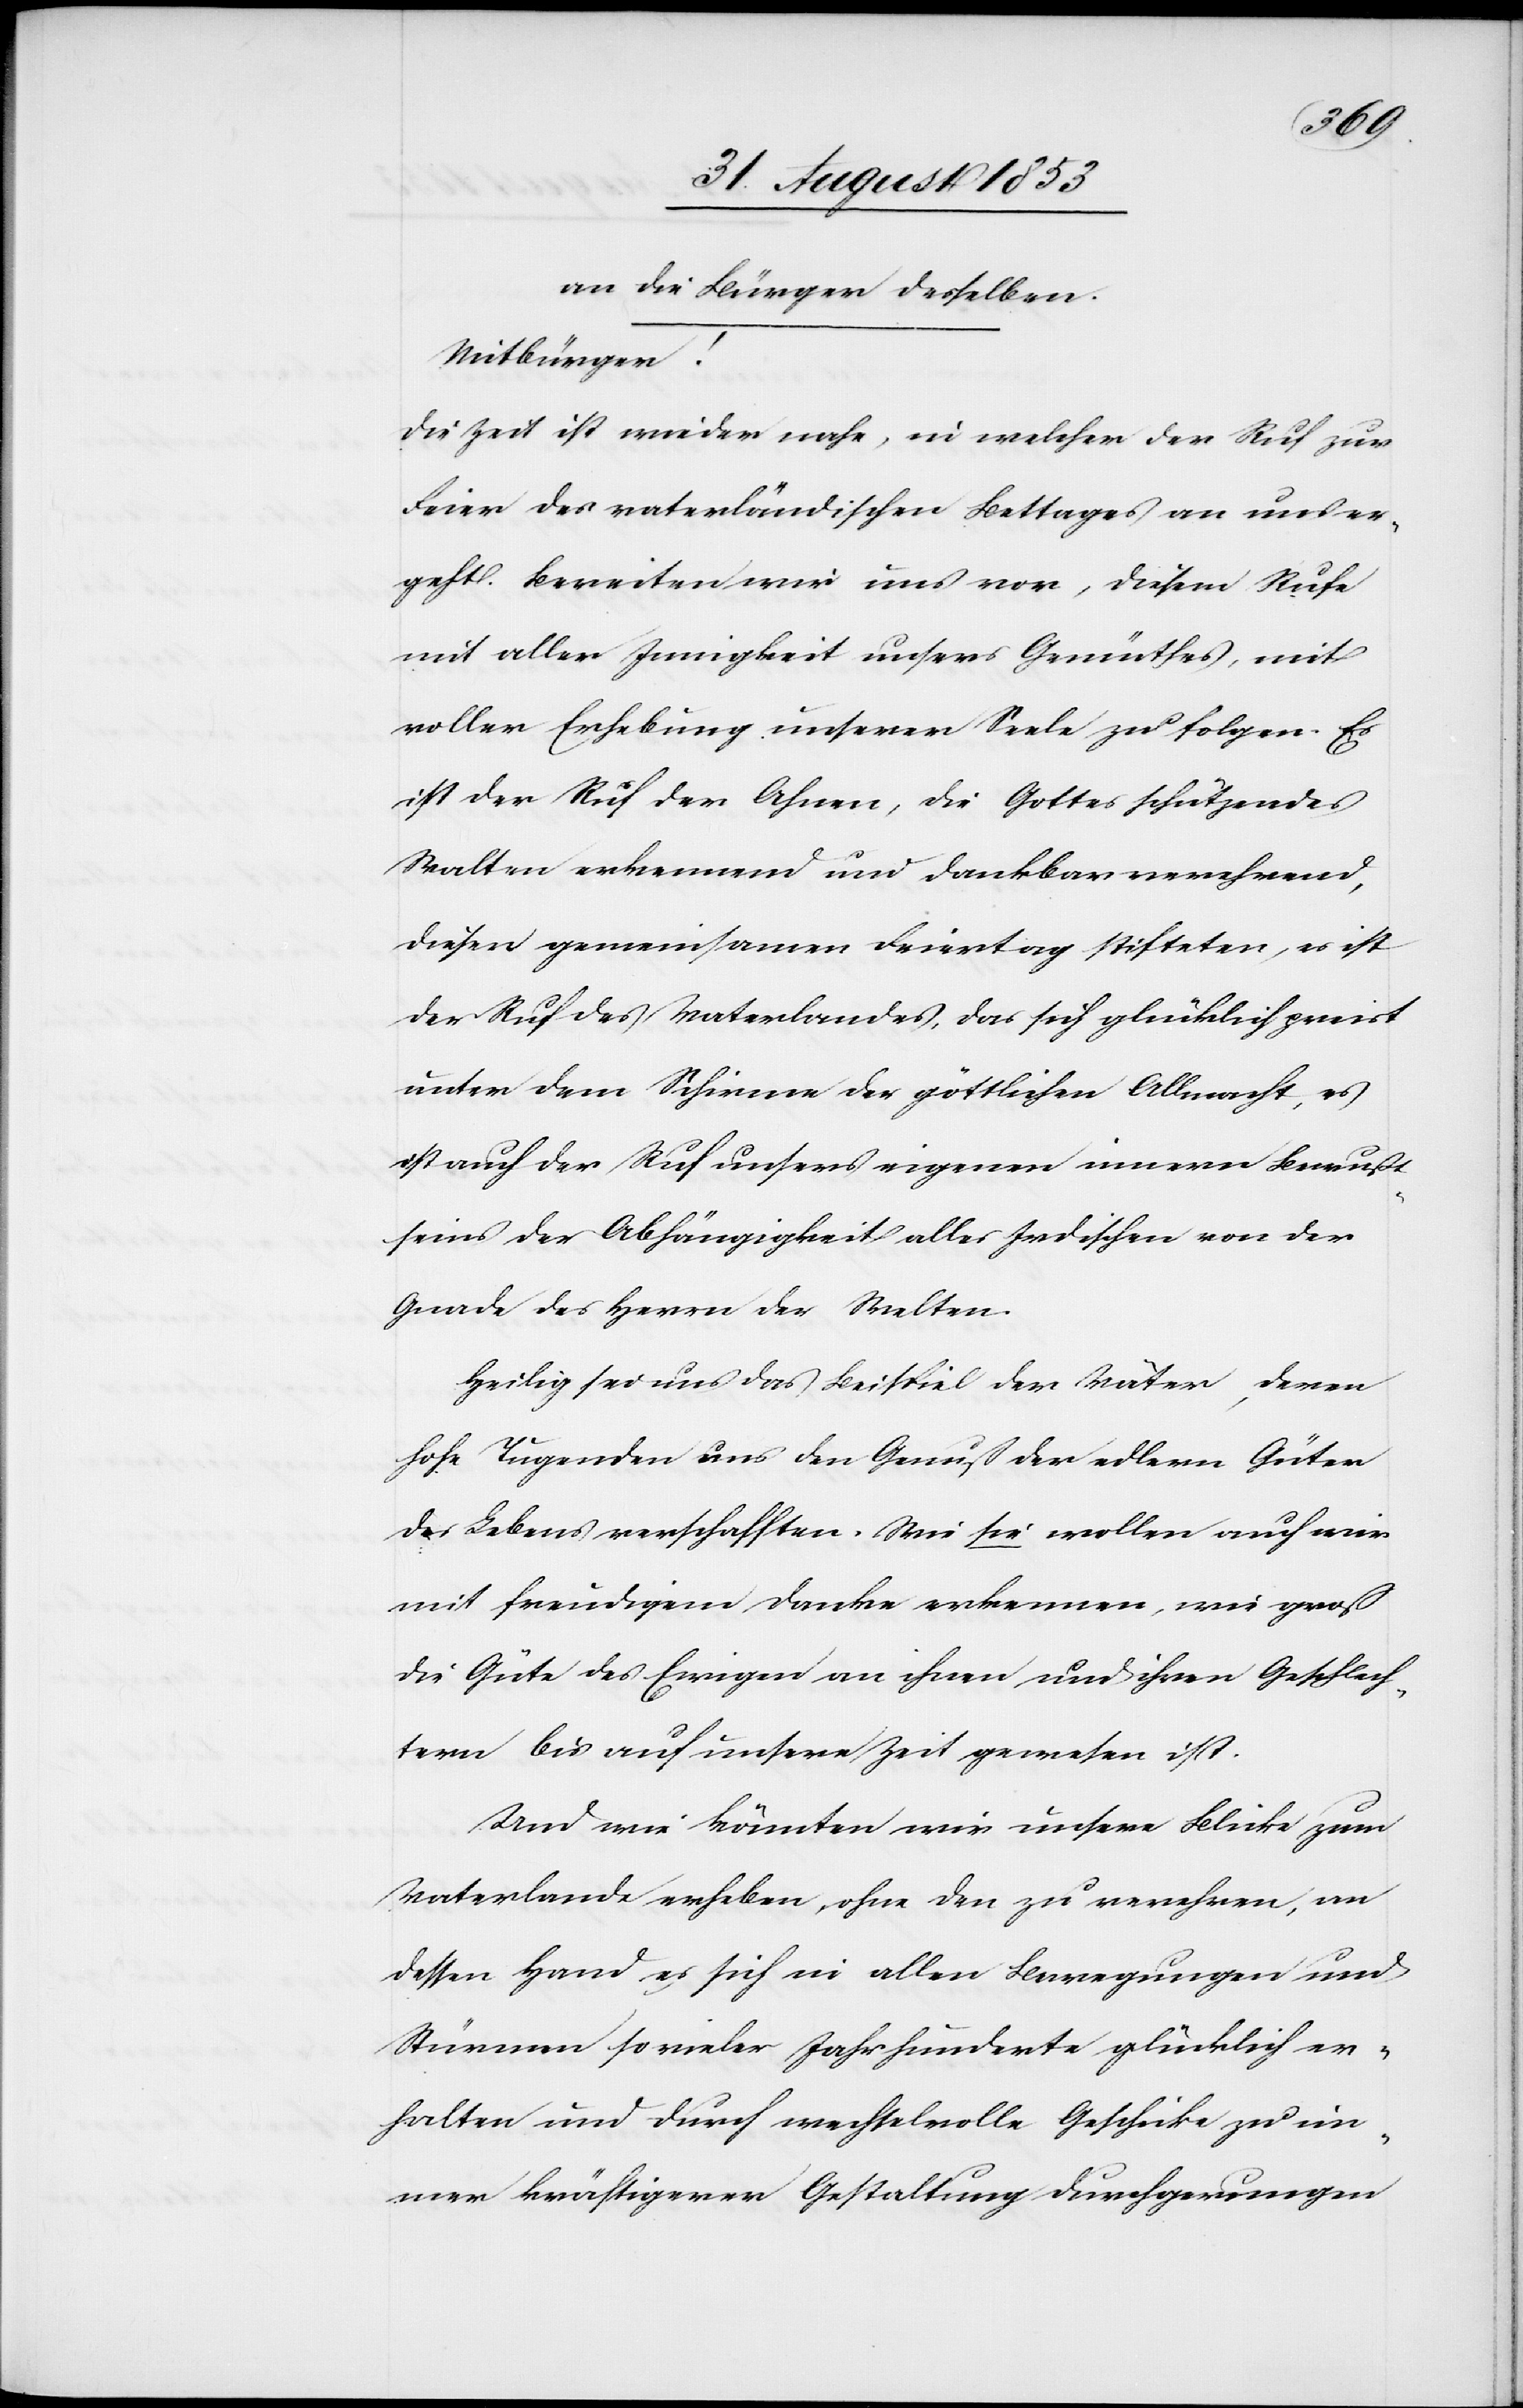
an die Bürger desselben.
Mitbürger!
Die Zeit ist wieder nahe, in welcher der Ruf zur
Feier des vaterländischen Bettages an uns er¬
geht. Bereiten wir uns vor, diesem Rufe
mit aller Innigkeit unseres Gemüthes, mit
voller Erhebung unserer Seele zu folgen. Es
ist der Ruf der Ahnen, die Gottes schützendes
Walten erkennend und dankbar verehrend,
diesen gemeinsamen Feiertag stifteten, es ist
der Ruf des Vaterlandes, das sich glücklich preist
unter dem Schirme der göttlichen Allmacht, es
ist auch der Ruf unsers eigenen innern Bewusst¬
seins der Abhängigkeit alles Irdischen von der
Gnade des Herrn der Welten.
Heilig sei uns das Beispiel der Väter, deren
hohe Tugenden uns den Genuß der edlern Güter
des Lebens verschafften. Wie sie wollen auch wir
mit freudigem Danke erkennen, wie groß
die Güte des Ewigen an ihnen und ihren Geschlech¬
tern bis auf unsere Zeit gewesen ist.
Und wie könnten wir unsere Blicke zum
Vaterlande erheben, ohne den zu verehren, an
dessen Hand es sich in allen Bewegungen und
Stürmen so vieler Jahrhunderte glücklich an¬
halten und durch wechselvolle Geschicke zu un¬
serer kräftigerer Gestaltung durchgerungen